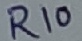
Text: R10